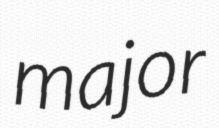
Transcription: major